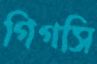
গিগসি